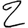
Digit: 2